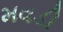
મવડી